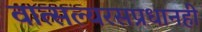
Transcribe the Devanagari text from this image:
वात्सल्यरसप्रधानही